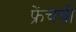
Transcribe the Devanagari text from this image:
फ्रेंचची